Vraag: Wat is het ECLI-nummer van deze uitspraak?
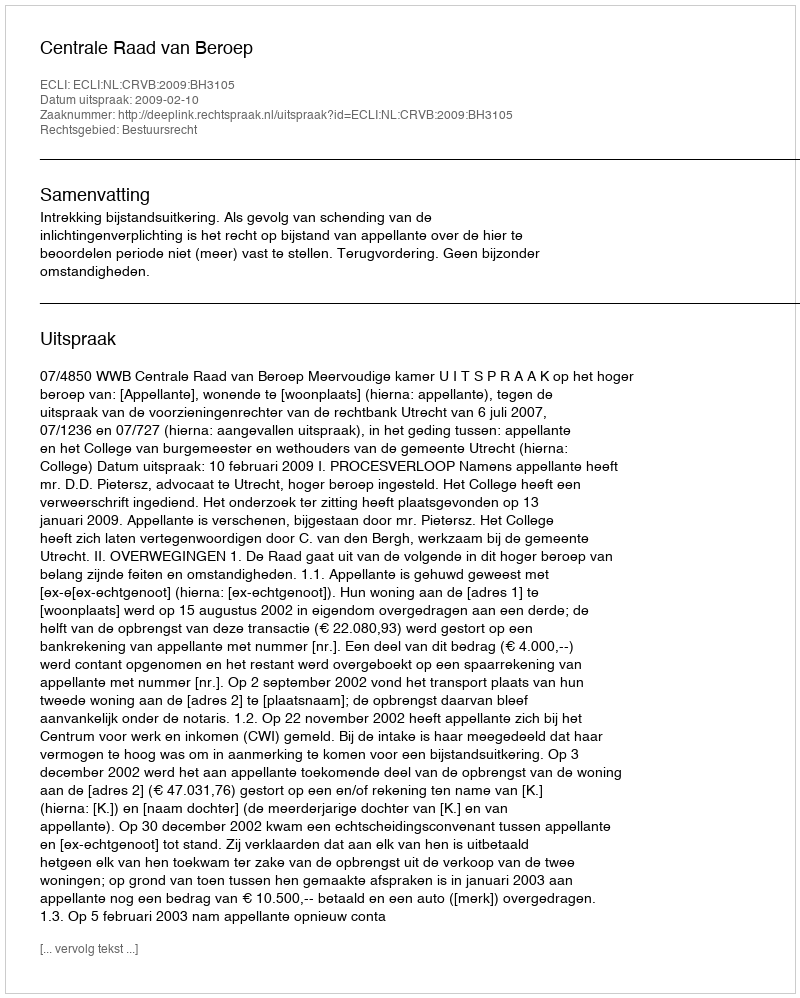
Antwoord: ECLI:NL:CRVB:2009:BH3105